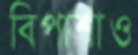
বিপাশাও